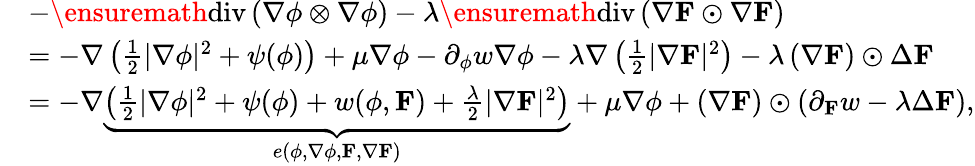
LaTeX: \begin{array}{rl}&{-\ensuremath{\operatorname{div}}\left(\nabla\phi\otimes\nabla\phi\right)-\lambda\ensuremath{\operatorname{div}}\left(\nabla\mathbf{F}\odot\nabla\mathbf{F}\right)}\\ &{=-\nabla\left(\frac{1}{2}|\nabla\phi|^{2}+\psi(\phi)\right)+\mu\nabla\phi-\partial_{\phi}w\nabla\phi-\lambda\nabla\left(\frac{1}{2}|\nabla\mathbf{F}|^{2}\right)-\lambda\left(\nabla\mathbf{F}\right)\odot\Delta\mathbf{F}}\\ &{=-\nabla\underbrace{\left(\frac{1}{2}|\nabla\phi|^{2}+\psi(\phi)+w(\phi,\mathbf{F})+\frac{\lambda}{2}|\nabla\mathbf{F}|^{2}\right)}_{e\left(\phi,\nabla\phi,\mathbf{F},\nabla\mathbf{F}\right)}+\mu\nabla\phi+\left(\nabla\mathbf{F}\right)\odot\left(\partial_{\mathbf{F}}w-\lambda\Delta\mathbf{F}\right),}\end{array}